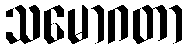
သမောဂတာ